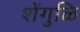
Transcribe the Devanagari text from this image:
शेंगुळि